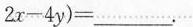
2 x - 4 y ) = ___.